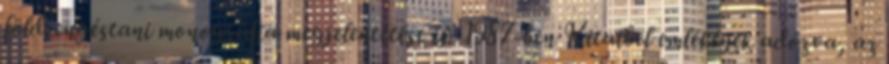
földrengéstani monográfia megjelentetése is. 1987-ben Kitaibel emlékének adózva, az